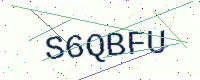
Text: S6QBFU